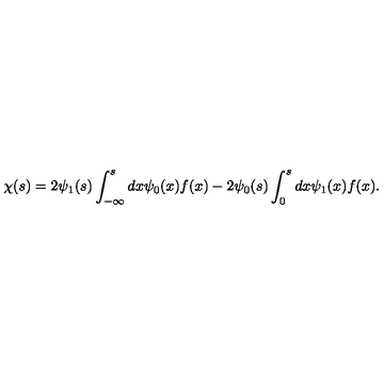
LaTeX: \chi ( s ) = 2 \psi _ { 1 } ( s ) \int _ { - \infty } ^ { s } d x \psi _ { 0 } ( x ) f ( x ) - 2 \psi _ { 0 } ( s ) \int _ { 0 } ^ { s } d x \psi _ { 1 } ( x ) f ( x ) .